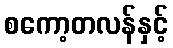
စကော့တလန်နှင့်